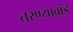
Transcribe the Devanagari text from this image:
तरण्याबांड